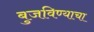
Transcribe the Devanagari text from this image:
बुजविण्याचा